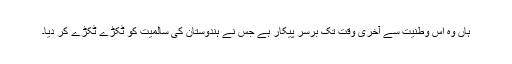
ہاں وہ اس وطنیت سے آخری وقت تک برسر پیکار ہے جس نے ہندوستان کی سالمیت کو ٹکڑے ٹکڑے کر دیا۔